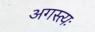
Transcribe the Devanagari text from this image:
अगस्त्यः